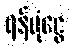
ရန်ပုံငွေ